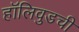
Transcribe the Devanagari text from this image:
हॉलिवुडची